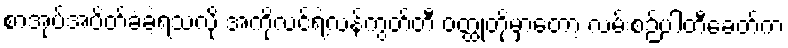
စာအုပ်အပိတ်ခံခဲ့ရသလို အကိုလင်ရဲ့လန်ကွတ်တီ ဝတ္ထုတိုမှာတော့ လမ်းစဉ်ပါတီခေတ်က